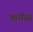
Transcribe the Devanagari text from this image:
कर्त्तव्‍य